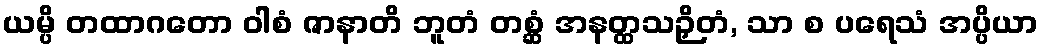
ယမ္ပိ တထာဂတော ဝါစံ ဇာနာတိ ဘူတံ တစ္ဆံ အနတ္ထသဉှိတံ, သာ စ ပရေသံ အပ္ပိယာ